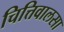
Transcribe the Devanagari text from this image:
चित्तिवालसा